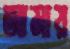
আমায়